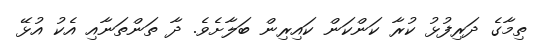
ތިމާގެ ދަރިފުޅު ކުރާ ކަންކަން ކައިރިން ބަލާށެވެ. ދާ ތަންތަނާއި އެކު އުޅޭ